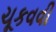
ચૂકવવી